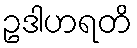
ဥဒါဟရတိ